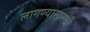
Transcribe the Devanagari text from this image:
लागण्यासारखी